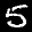
Label: 5